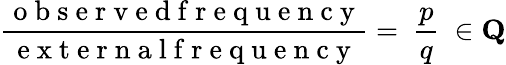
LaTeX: \frac{\mathrm{~o~b~s~e~r~v~e~d~f~r~e~q~u~e~n~c~y~}}{\mathrm{~e~x~t~e~r~n~a~l~f~r~e~q~u~e~n~c~y~}}=\ \frac{p}{q}\ \in\mathbf{Q}